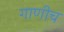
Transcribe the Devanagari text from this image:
गाणीच